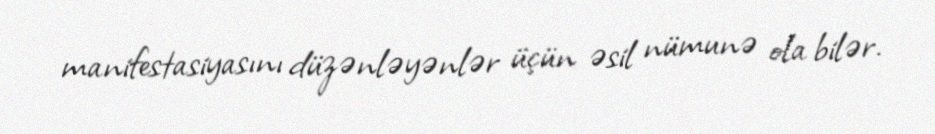
manifestasiyasını düzənləyənlər üçün əsil nümunə ola bilər.